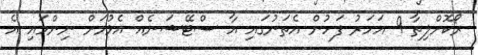
ރޯކޮށްލިތާ 9 އަހަރު ފަހުން އެތަނުގައި އާ ސްޓޭޝަނެއް އެޅުމަށް ނިންމައި އެ